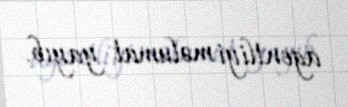
agentliyi məlumat yayıb.